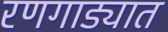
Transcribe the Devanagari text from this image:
रणगाड्यात